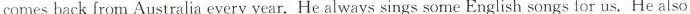
comes back from Australia every year. He always sings some English songs for us.He also